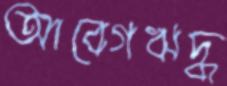
আবেগঋদ্ধ